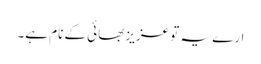
ارے یہ تو عزیز بھائی کے نام ہے۔